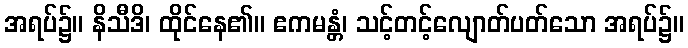
အရပ်၌။ နိသီဒိ၊ ထိုင်နေ၏။ ဧကမန္တံ၊ သင့်တင့်လျောတ်ပတ်သော အရပ်၌။